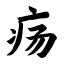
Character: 疡